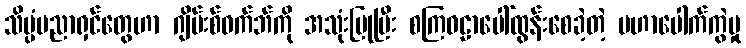
သိပ္ပံပညာရှင်တွေဟာ ဂျိမ်းစ်ဝက်ဘ်ကို အသုံးပြုပြီး စကြဝဠာပေါ်ထွန်းစေခဲ့တဲ့ မဟာပေါက်ကွဲမှု